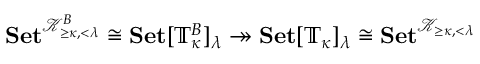
\ensuremath { \mathbf { S e t } } ^ { \mathcal { K } _ { \geq \kappa , < \lambda } ^ { B } } \cong \ensuremath { \mathbf { S e t } } [ \mathbb { T } _ { \kappa } ^ { B } ] _ { \lambda } \twoheadrightarrow \ensuremath { \mathbf { S e t } } [ \mathbb { T } _ { \kappa } ] _ { \lambda } \cong \ensuremath { \mathbf { S e t } } ^ { \mathcal { K } _ { \geq \kappa , < \lambda } }